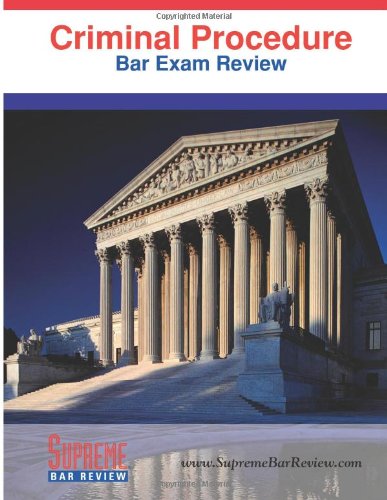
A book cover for Criminal Procedure: Bar Exam Review; Supreme Bar Review; Test Preparation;